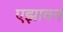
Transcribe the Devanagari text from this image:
एझावन